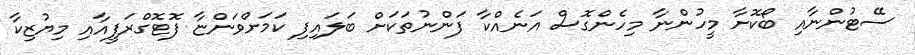
ސޭޓުންނާއި ބޯކޮށާ މީހުންނާ މިހެންގޮސް އަނެއްކާ ފަންނުތަކަށް ބަލައިފި ކަމަށްވަންޏާ ފޮޓޮގްރަފީއާއި މިޔުޒިކާ